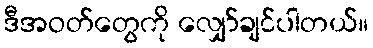
ဒီအဝတ်တွေကို လျှော်ချင်ပါတယ်။